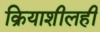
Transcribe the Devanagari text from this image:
क्रियाशीलही